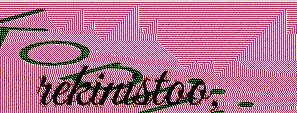
rekinistoo,